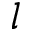
l